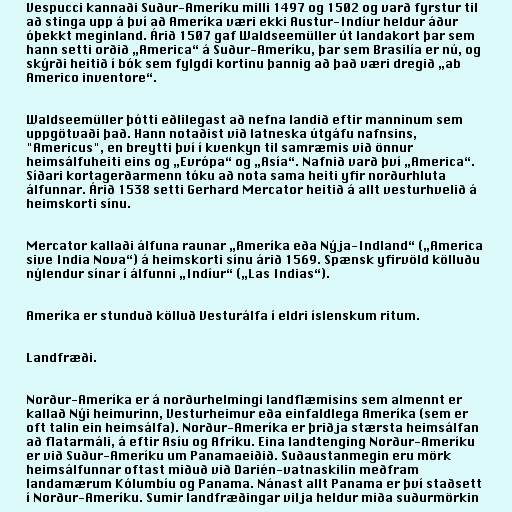
Vespucci kannaði Suður-Ameríku milli 1497 og 1502 og varð fyrstur til
að stinga upp á því að Ameríka væri ekki Austur-Indíur heldur áður
óþekkt meginland. Árið 1507 gaf Waldseemüller út landakort þar sem
hann setti orðið „America“ á Suður-Ameríku, þar sem Brasilía er nú, og
skýrði heitið í bók sem fylgdi kortinu þannig að það væri dregið „ab
Americo inventore“.

Waldseemüller þótti eðlilegast að nefna landið eftir manninum sem
uppgötvaði það. Hann notaðist við latneska útgáfu nafnsins,
"Americus", en breytti því í kvenkyn til samræmis við önnur
heimsálfuheiti eins og „Evrópa“ og „Asía“. Nafnið varð því „America“.
Síðari kortagerðarmenn tóku að nota sama heiti yfir norðurhluta
álfunnar. Árið 1538 setti Gerhard Mercator heitið á allt vesturhvelið á
heimskorti sínu.

Mercator kallaði álfuna raunar „Ameríka eða Nýja-Indland“ („America
sive India Nova“) á heimskorti sínu árið 1569. Spænsk yfirvöld kölluðu
nýlendur sínar í álfunni „Indíur“ („Las Indias“).

Ameríka er stunduð kölluð Vesturálfa í eldri íslenskum ritum.

Landfræði.

Norður-Ameríka er á norðurhelmingi landflæmisins sem almennt er
kallað Nýi heimurinn, Vesturheimur eða einfaldlega Ameríka (sem er
oft talin ein heimsálfa). Norður-Ameríka er þriðja stærsta heimsálfan
að flatarmáli, á eftir Asíu og Afríku. Eina landtenging Norður-Ameríku
er við Suður-Ameríku um Panamaeiðið. Suðaustanmegin eru mörk
heimsálfunnar oftast miðuð við Darién-vatnaskilin meðfram
landamærum Kólumbíu og Panama. Nánast allt Panama er því staðsett
í Norður-Ameríku. Sumir landfræðingar vilja heldur miða suðurmörkin